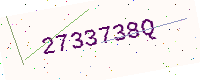
Text: 2733738Q